Indian journal of veterinary science and animal husbandry - Volume 5,
Year: 1935
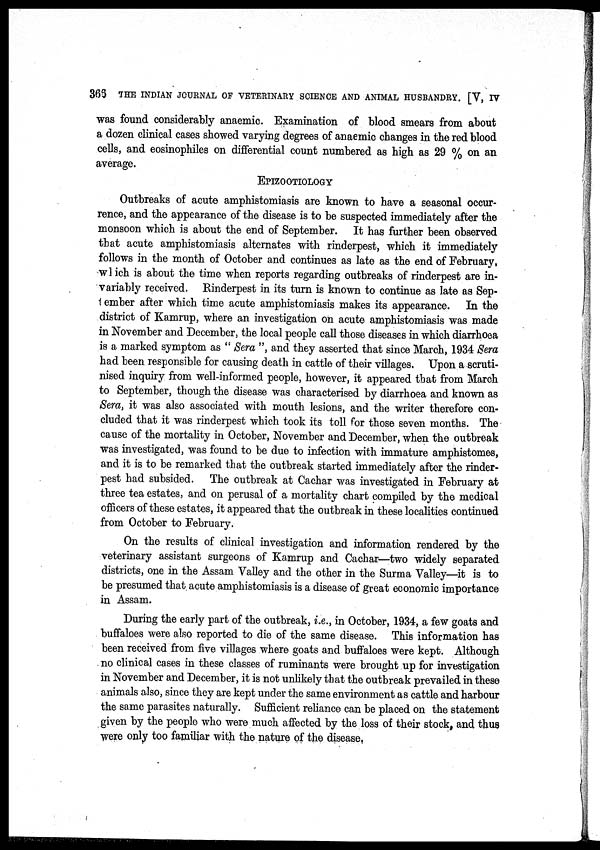
365 THE INDIAN JOURNAL OF VETERINARY SCIENCE AND ANIMAL HUSBANDRY. [V, IV
was found considerably anaemic. Examination of blood smears from about
a dozen clinical cases showed varying degrees of anaemic changes in the red blood
cells, and eosinophiles on differential count numbered as high as 29 % on an
average.
EPIZOOTIOLOGY
Outbreaks of acute amphistomiasis are known to have a seasonal occur-
rence, and the appearance of the disease is to be suspected immediately after the
monsoon which is about the end of September. It has further been observed
that acute amphistomiasis alternates with rinderpest, which it immediately
follows in the month of October and continues as late as the end of February,
which is about the time when reports regarding outbreaks of rinderpest are in-
variably received. Rinderpest in its turn is known to continue as late as Sep¬
tember after which time acute amphistomiasis makes its appearance. In the
district of Kamrup, where an investigation on acute amphistomiasis was made
in November and December, the local people call those diseases in which diarrhoea
is a. marked symptom as " Sera ", and they asserted that since March, 1934 Sera
had been responsible for causing death in cattle of their villages. Upon a scruti-
nised inquiry from well-informed people, however, it appeared that from March
to September, though the disease was characterised by diarrhoea and known as
Sera, it was also associated with mouth lesions, and the writer therefore con-
cluded that it was rinderpest which took its toll for those seven months. The
cause of the mortality in October, November and December, when the outbreak
was investigated, was found to be due to infection with immature amphistomes,
and it is to be remarked that the outbreak started immediately after the rinder-
pest had subsided. The outbreak at Cachar was investigated in February at
three tea estates, and on perusal of a mortality chart compiled by the medical
officers of these estates, it appeared that the outbreak in these localities continued
from October to February.
On the results of clinical investigation and information rendered by the
veterinary assistant surgeons of Kamrup and Cachar—two widely separated
districts, one in the Assam Valley and the other in the Surma Valley—it is to
be presumed that acute amphistomiasis is a disease of great economic importance
in Assam.
During the early part of the outbreak, i.e., in October, 1934, a few goats and
buffaloes were also reported to die of the same disease. This information has
been received from five villages where goats and buffaloes were kept. Although
no clinical cases in these classes of ruminants were brought up for investigation
in November and December, it is not unlikely that the outbreak prevailed in these
animals also, since they are kept under the same environment as cattle and harbour
the same parasites naturally. Sufficient reliance can be placed on the statement
given by the people who were much affected by the loss of their stock, and thus
were only too familiar with the nature of the disease.